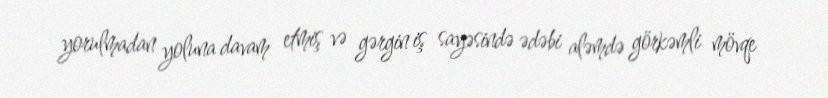
yorulmadan yoluna davam etmiş və gərgin iş sayəsində ədəbi aləmdə görkəmli mövqe